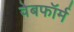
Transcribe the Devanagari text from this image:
वेबफॉर्म